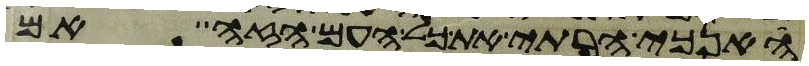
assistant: האנכי הרתי את כל העם הזה אם